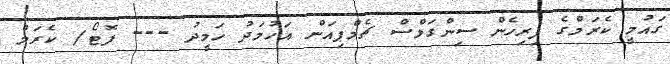
ގައުމީ ކެރަމްގެ ފިރިހެން ސިންގަލްސް ޗެމްޕިއަން އަހުމަދު ހަމީދު --- ފޮޓޯ/ ކެރަމް